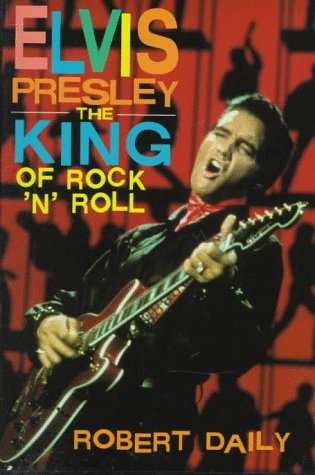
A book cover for Elvis Presley: The King of Rock `N' Roll (Impact Biography); Robert Daily; Teen & Young Adult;